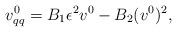
LaTeX: \begin{align*}v^{0}_{qq}=B_1{\epsilon}^2v^{0}-B_2(v^{0})^2,\end{align*}